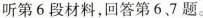
听第6段材料,回答第6、7题。